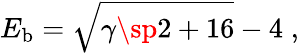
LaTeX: E_{\mathrm{b}}=\sqrt{\gamma\sp 2+16}-4\; ,